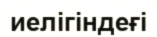
иелігіндеғі